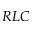
R L C